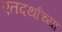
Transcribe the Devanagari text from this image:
एतदर्थाच्या